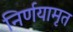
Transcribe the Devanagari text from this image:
निर्णयामृत